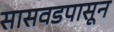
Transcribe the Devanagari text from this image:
सासवडपासून